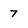
Character: 7